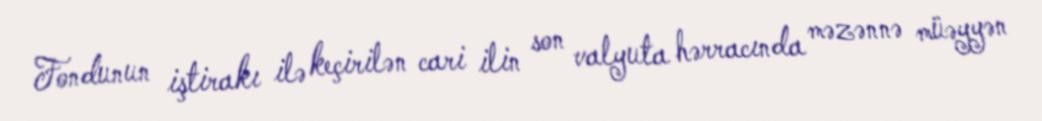
Fondunun iştirakı ilə keçirilən cari ilin son valyuta hərracında məzənnə müəyyən